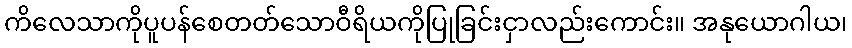
ကိလေသာကိုပူပန်စေတတ်သောဝီရိယကိုပြုခြင်းငှာလည်းကောင်း။ အနုယောဂါယ၊